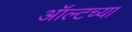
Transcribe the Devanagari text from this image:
ऑल्टच्या